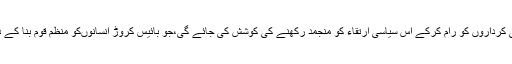
چنانچہ سعودی حکمرانوں کی وساطت سے قومی سیاست کے مزاحمتی کرداروں کو رام کرکے اُس سیاسی ارتقاء کو منجمد رکھنے کی کوشش کی جائے گی،جو بائیس کروڑ انسانوںکو منظم قوم بنا کے دنیا میں باعزت مقام اور وطن عزیز کو خودمختار مملکت بنا سکتا ہے۔